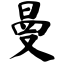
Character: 曼